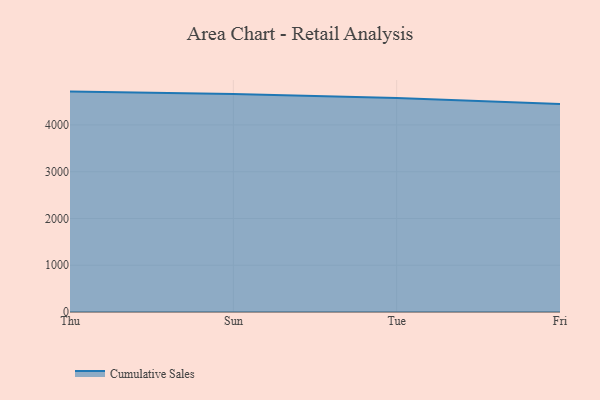
{"axis": {"x": "Day", "y": "Churn Rate (%)"}, "legend": ["Cumulative Sales"], "data": [{"x": "Thu", "y": 4713.3, "type": "Cumulative Sales"}, {"x": "Sun", "y": 4661.9, "type": "Cumulative Sales"}, {"x": "Tue", "y": 4575.4, "type": "Cumulative Sales"}, {"x": "Fri", "y": 4450.5, "type": "Cumulative Sales"}]}